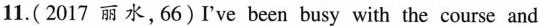
11.(2017 丽 水,66)I've been busy with the course and